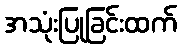
အသုံးပြုခြင်းထက်